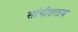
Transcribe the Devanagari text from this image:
सांगीतलय